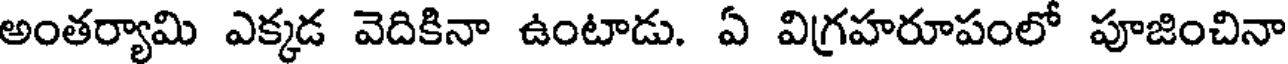
అంతర్యామి ఎక్కడ వెదికినా ఉంటాడు. ఏ విగ్రహరూపంలో పూజించినా